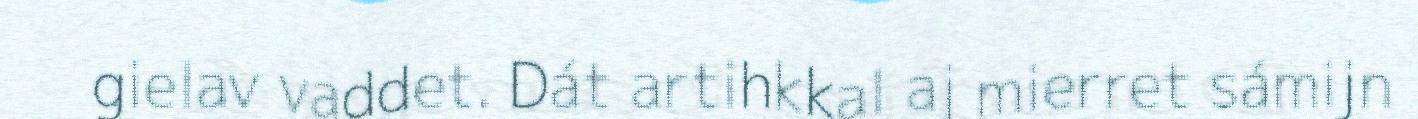
gielav vaddet. Dát artihkkal aj mierret sámijn